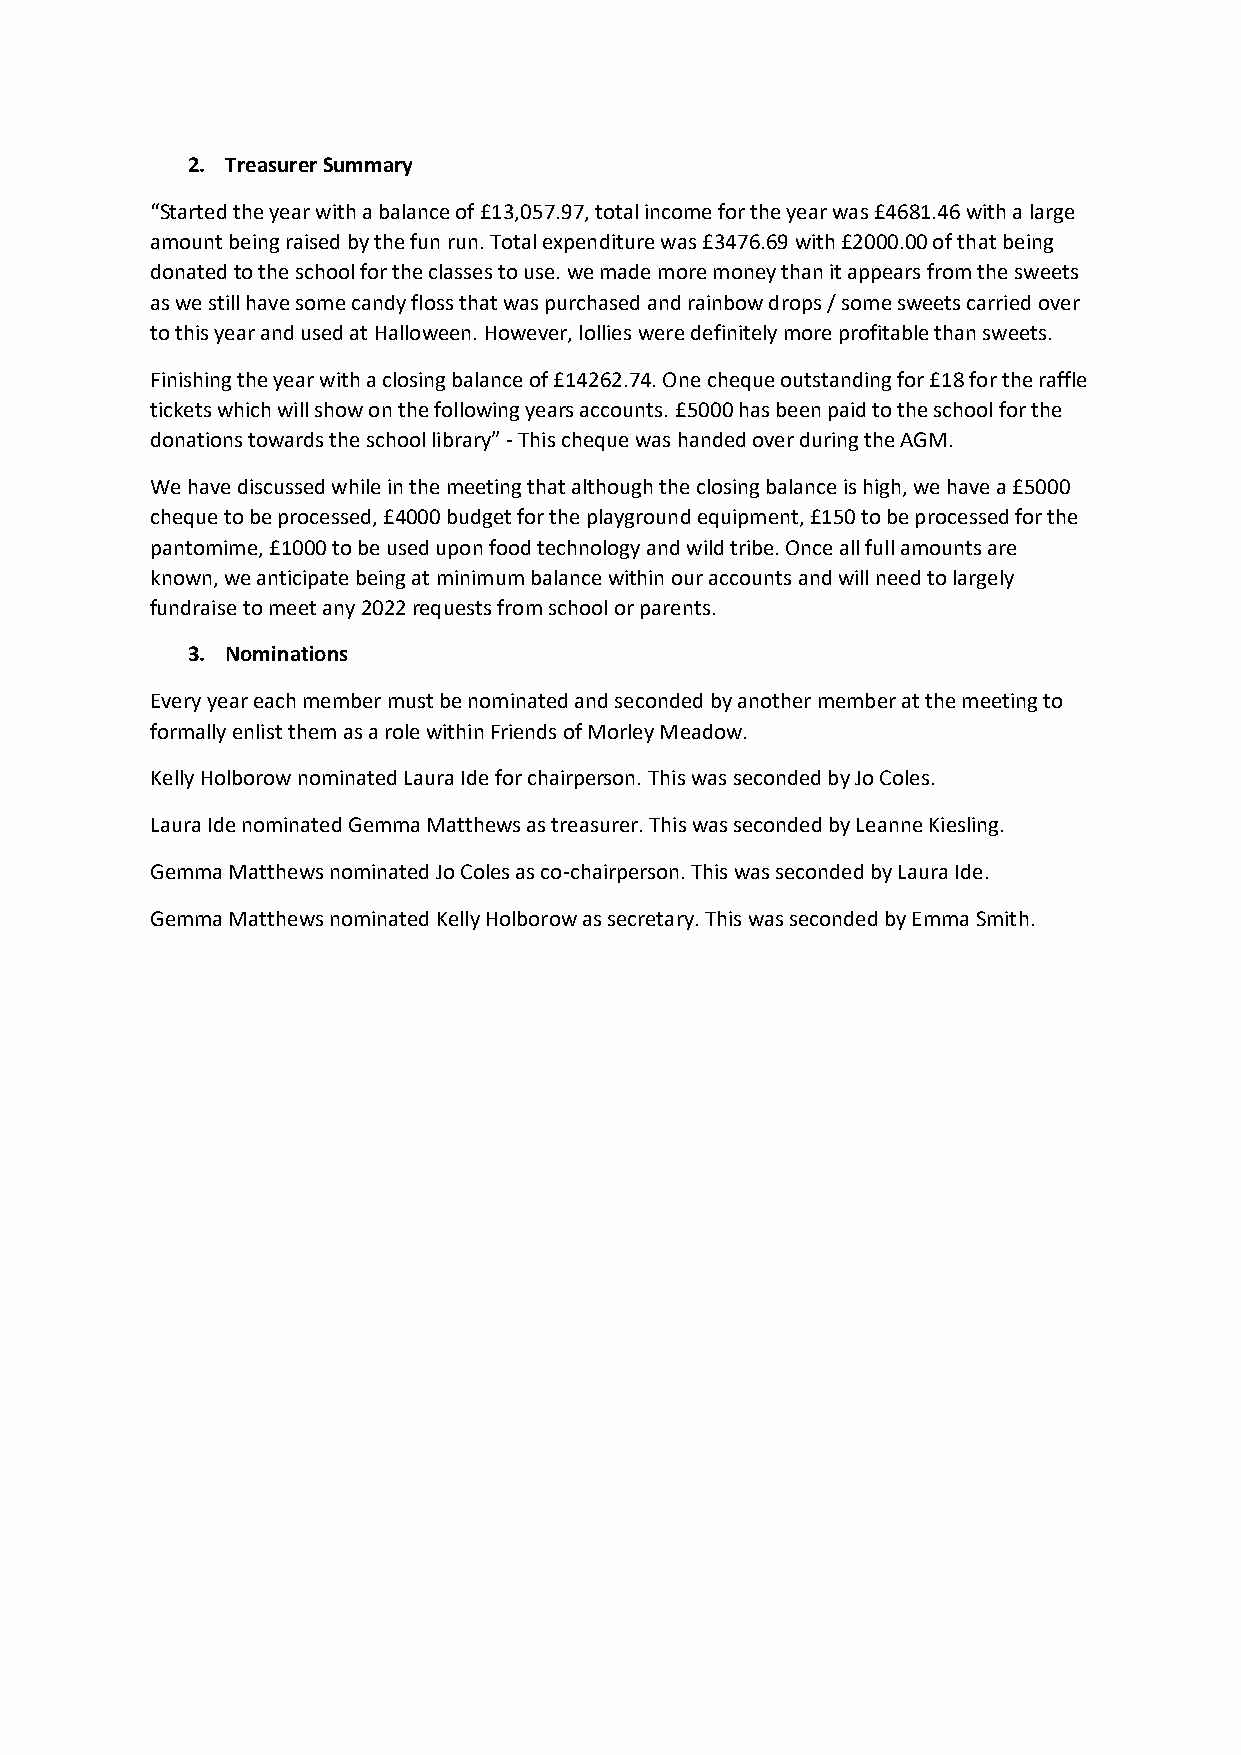
2. Treasurer Summary
 “Started the year with a balance of £13,057.97, total income for the year was £4681.46 with a large
 amount being raised by the fun run. Total expenditure was £3476.69 with £2000.00 of that being
 donated to the school for the classes to use. we made more money than it appears from the sweets
 as we still have some candy floss that was purchased and rainbow drops / some sweets carried over
 to this year and used at Halloween. However, lollies were definitely more profitable than sweets.
 Finishing the year with a closing balance of £14262.74. One cheque outstanding for £18 for the raffle
 tickets which will show on the following years accounts. £5000 has been paid to the school for the
 donations towards the school library” - This cheque was handed over during the AGM.
 We have discussed while in the meeting that although the closing balance is high, we have a £5000
 cheque to be processed, £4000 budget for the playground equipment, £150 to be processed for the
 pantomime, £1000 to be used upon food technology and wild tribe. Once all full amounts are
 known, we anticipate being at minimum balance within our accounts and will need to largely
 fundraise to meet any 2022 requests from school or parents.
 3. Nominations
 Every year each member must be nominated and seconded by another member at the meeting to
 formally enlist them as a role within Friends of Morley Meadow.
 Kelly Holborow nominated Laura Ide for chairperson. This was seconded by Jo Coles.
 Laura Ide nominated Gemma Matthews as treasurer. This was seconded by Leanne Kiesling.
 Gemma Matthews nominated Jo Coles as co-chairperson. This was seconded by Laura Ide.
 Gemma Matthews nominated Kelly Holborow as secretary. This was seconded by Emma Smith.